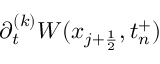
\partial _ { t } ^ { ( k ) } W ( x _ { j + \frac { 1 } { 2 } } , t _ { n } ^ { + } )